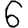
Digit: 6